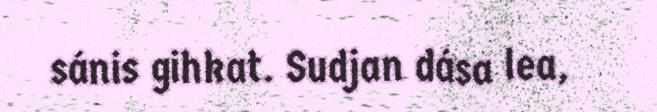
sánis gihkat. Sudjan dása lea,